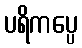
ပရိကပ္ပေ